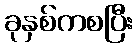
ခုနှစ်ကစပြီး